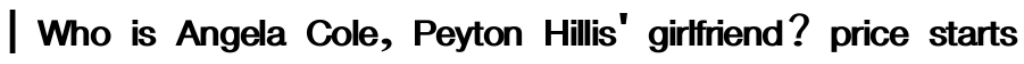
| Who is Angela Cole, Peyton Hillis' girlfriend? price starts